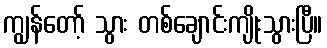
ကျွန်တော့် သွား တစ်ချောင်းကျိုးသွားပြီ။